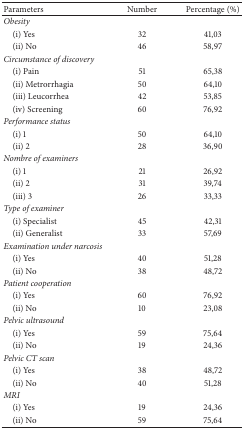
<table><thead><tr><td><b>Parameters</b></td><td><b>Number</b></td><td><b>Percentage (%)</b></td></tr></thead><tbody><tr><td><i>Obesity</i></td><td> </td><td> </td></tr><tr><td> (i) Yes</td><td>32</td><td>41,03</td></tr><tr><td> (ii) No</td><td>46</td><td>58,97</td></tr><tr><td><i>Circumstance of discovery</i></td><td> </td><td> </td></tr><tr><td> (i) Pain</td><td>51</td><td>65,38</td></tr><tr><td> (ii) Metrorrhagia</td><td>50</td><td>64,10</td></tr><tr><td> (iii) Leucorrhea</td><td>42</td><td>53,85</td></tr><tr><td> (iv) Screening</td><td>60</td><td>76,92</td></tr><tr><td><i>Performance status</i></td><td> </td><td> </td></tr><tr><td> (i) 1</td><td>50</td><td>64,10</td></tr><tr><td> (ii) 2</td><td>28</td><td>36,90</td></tr><tr><td><i>Nombre of examiners</i></td><td> </td><td> </td></tr><tr><td> (i) 1</td><td>21</td><td>26,92</td></tr><tr><td> (ii) 2</td><td>31</td><td>39,74</td></tr><tr><td> (iii) 3</td><td>26</td><td>33,33</td></tr><tr><td><i>Type of examiner</i></td><td> </td><td> </td></tr><tr><td> (i) Specialist</td><td>45</td><td>42,31</td></tr><tr><td> (ii) Generalist</td><td>33</td><td>57,69</td></tr><tr><td><i>Examination under narcosis</i></td><td> </td><td> </td></tr><tr><td> (i) Yes</td><td>40</td><td>51,28</td></tr><tr><td> (ii) No</td><td>38</td><td>48,72</td></tr><tr><td><i>Patient cooperation</i></td><td> </td><td> </td></tr><tr><td> (i) Yes</td><td>60</td><td>76,92</td></tr><tr><td> (ii) No</td><td>10</td><td>23,08</td></tr><tr><td><i>Pelvic ultrasound</i></td><td> </td><td> </td></tr><tr><td> (i) Yes</td><td>59</td><td>75,64</td></tr><tr><td> (ii) No</td><td>19</td><td>24,36</td></tr><tr><td><i>Pelvic CT scan</i></td><td> </td><td> </td></tr><tr><td> (i) Yes</td><td>38</td><td>48,72</td></tr><tr><td> (ii) No</td><td>40</td><td>51,28</td></tr><tr><td><i>MRI</i></td><td> </td><td> </td></tr><tr><td> (i) Yes</td><td>19</td><td>24,36</td></tr><tr><td> (ii) No</td><td>59</td><td>75,64</td></tr></tbody></table>